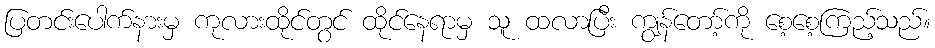
ပြတင်းပေါက်နားမှ ကုလားထိုင်တွင် ထိုင်နေရာမှ သူ ထလာပြီး ကျွန်တော့်ကို စေ့စေ့ကြည့်သည်။